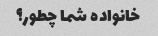
خانواده شما چطور؟